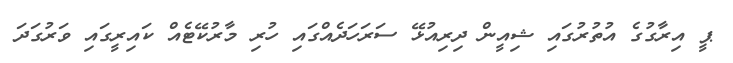
ޕީ އިރާގުގެ އުތުރުގައި ޝިއީން ދިރިއުޅޭ ސަރަހަދެއްގައި ހުރި މާރުކޭޓެއް ކައިރީގައި ވަރުގަދަ